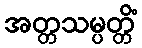
အတ္တသမ္ပတ္တိံ